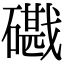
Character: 𥖘